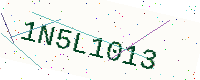
Text: 1N5L1013